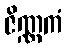
ဇိဏ္ဏကံ